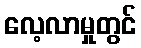
လေ့လာမှုတွင်